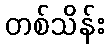
တစ်သိန်း